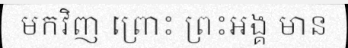
មកវិញ ព្រោះ ព្រះអង្គ មាន